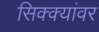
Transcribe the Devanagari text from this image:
सिक्क्यांवर